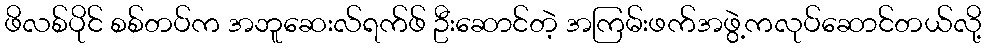
ဖိလစ်ပိုင် စစ်တပ်က အဘူဆေးလ်ရက်ဖ် ဦးဆောင်တဲ့ အကြမ်းဖက်အဖွဲ့ကလုပ်ဆောင်တယ်လို့